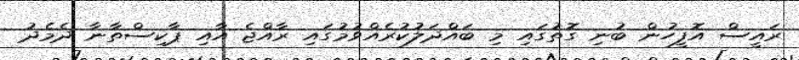
ރައީސް އޮފީހުން ބުނި ގޮތުގައި މި ބައްދަލުކުރެއްވުމުގައި ރާއްޖެ އާއި ޕާކިސްތާނާ ދެމެދު